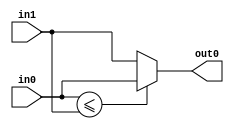
// -------------------------------------------------------------
// 
// 
// Generated by MATLAB 9.8 and HDL Coder 3.16
// 
// -------------------------------------------------------------


// -------------------------------------------------------------
// 
// Module: Min
// Source Path: NRPolarEncodeHDL/HDL Algorithm/NR Polar Encoder/configure/order/Min/Min
// Hierarchy Level: 4
// 
// -------------------------------------------------------------

`timescale 1 ns / 1 ns

module Min
          (in0,
           in1,
           out0);


  input   [7:0] in0;  // ufix8
  input   [7:0] in1;  // ufix8
  output  [7:0] out0;  // uint8


  wire [7:0] Min_muxout [0:1];  // ufix8 [2]
  wire [7:0] Min_stage1_val;  // ufix8


  assign Min_muxout[0] = in0;
  assign Min_muxout[1] = in1;

  // ---- Tree min implementation ----
  // ---- Tree min stage 1 ----
  assign Min_stage1_val = (Min_muxout[0] <= Min_muxout[1] ? Min_muxout[0] :
              Min_muxout[1]);



  assign out0 = Min_stage1_val;



endmodule  // Min